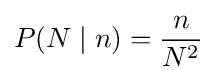
P(N\mid n)={\frac {n}{N^{2}}}